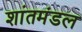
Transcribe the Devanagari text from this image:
शांतमंडल